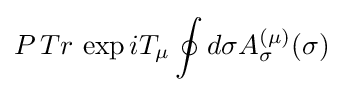
P\,Tr\,\exp iT_{\mu }\oint d\sigma A_{\sigma }^{(\mu )}(\sigma )